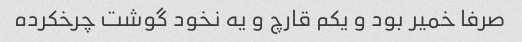
صرفا خمیر بود و یکم قارچ و یه نخود گوشت چرخکرده